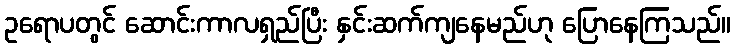
ဥရောပတွင် ဆောင်းကာလရှည်ပြီး နှင်းဆက်ကျနေမည်ဟု ပြောနေကြသည်။